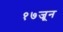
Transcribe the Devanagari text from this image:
१७जून